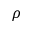
\rho